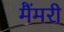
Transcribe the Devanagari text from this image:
मैंमरी